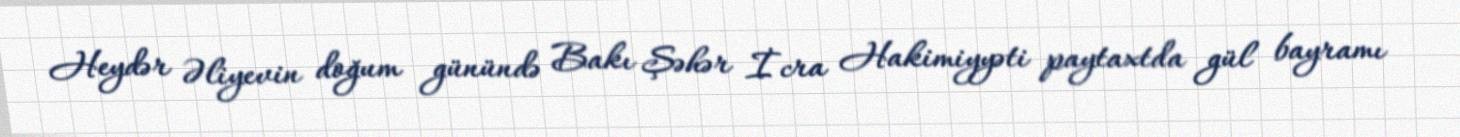
Heydər Əliyevin doğum günündə Bakı Şəhər İcra Hakimiyyəti paytaxtda gül bayramı